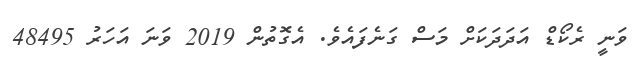
ވަނީ ރެކޯޑް އަދަދަކަށް މަސް ގަނެފައެވެ. އެގޮތުން 2019 ވަނަ އަހަރު 48495